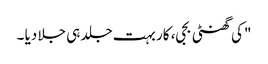
"کی گھنٹی بجی، کار بہت جلد ہی جلا دیا ۔